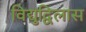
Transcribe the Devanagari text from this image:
विद्युद्विलास